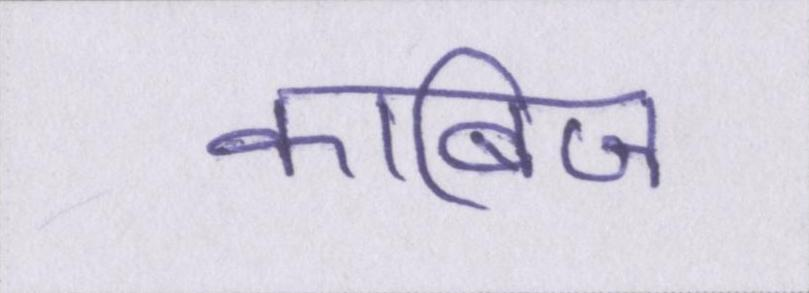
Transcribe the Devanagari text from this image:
काबिज